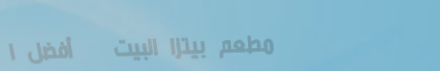
مطعم بيتزا البيت   أفضل ا